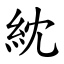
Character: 紞